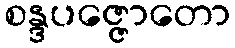
စန္ဒပဇ္ဇောတော